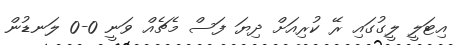
އިޓަލީ ލީގުގައި ރޭ ކުރިއަށް ދިޔަ ފަސް މެޗެއް ވަނީ 0-0 ލަނޑުން